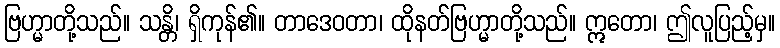
ဗြဟ္မာတို့သည်။ သန္တိ၊ ရှိကုန်၏။ တာဒေဝတာ၊ ထိုနတ်ဗြဟ္မာတို့သည်။ ဣတော၊ ဤလူပြည့်မှ။